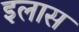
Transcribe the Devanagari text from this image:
इलास